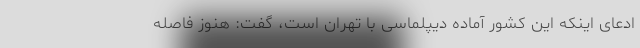
ادعای اینکه این کشور آماده دیپلماسی با تهران است، گفت: هنوز فاصله